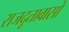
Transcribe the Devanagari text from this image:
राजदूतावासों